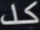
كل